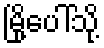
မြို့ပေါ်သို့